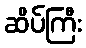
ဆိပ်ကြီး